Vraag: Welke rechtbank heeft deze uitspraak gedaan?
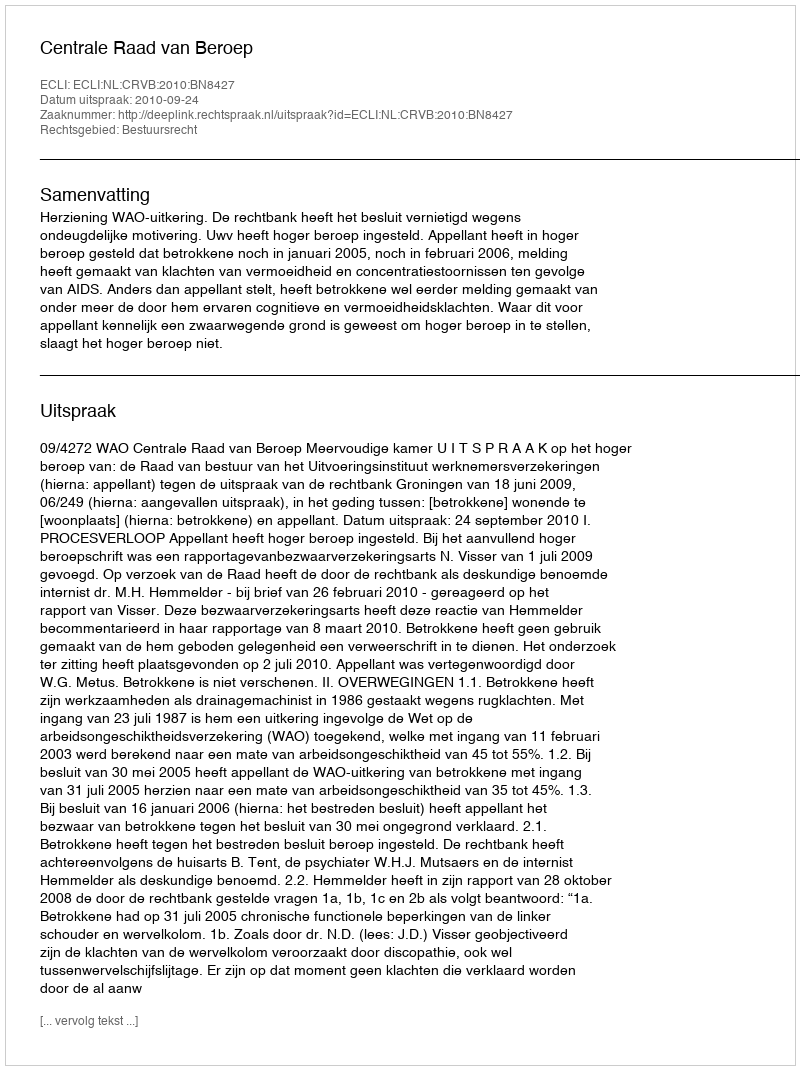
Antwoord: Centrale Raad van Beroep